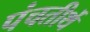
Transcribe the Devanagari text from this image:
पंचतीर्थे